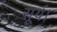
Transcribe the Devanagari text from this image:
सूर्य।